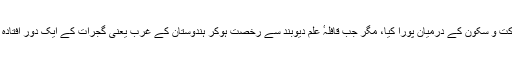
حضرت مولانا ابوسلمہ شفیع احمد صاحب دیوبند میں داخل ہوئے اور تعلیمی ایک سال حرکت و سکون کے درمیان پورا کیا، مگر جب قافلہٴ علم دیوبند سے رخصت ہوکر ہندوستان کے غرب یعنی گجرات کے ایک دور افتادہ گاؤں ڈابھیل میں وارد ہوا تو بہت سے پروانے بھی اُڑ کر شمع انور کے گرد جمع ہوگئے۔